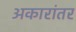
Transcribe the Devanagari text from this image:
अकारांतर